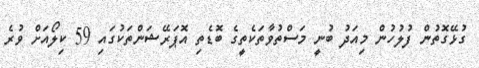
ގުޅޭގޮތުން ފުލުހުން މިއަދު ބުނީ މަސްތުވާތަކެތީގެ ބޮޑެތި އޮޕަރޭޝަންތަކުގައި 59 ކިލޯއަށް ވުރެ